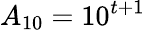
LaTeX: A_{10}=10^{t+1}